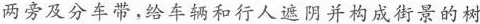
两旁及分车带，给车辆和行人遮阴并构成街景的树